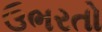
ઉભરતો